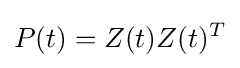
P(t)=Z(t)Z(t)^{T}